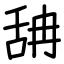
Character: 舑